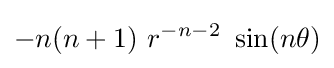
-n(n+1)~r^{-n-2}~\sin(n\theta )